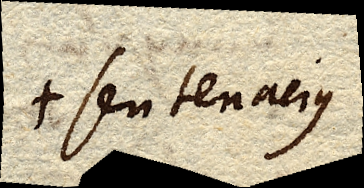
+ seu tenacius